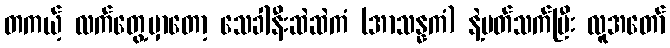
တကယ့် လက်တွေ့မှာတော့ သေခါနီးဆဲဆဲကံ (အာသန္နကံ) နဲ့ပတ်သက်ပြီး လူအတော်